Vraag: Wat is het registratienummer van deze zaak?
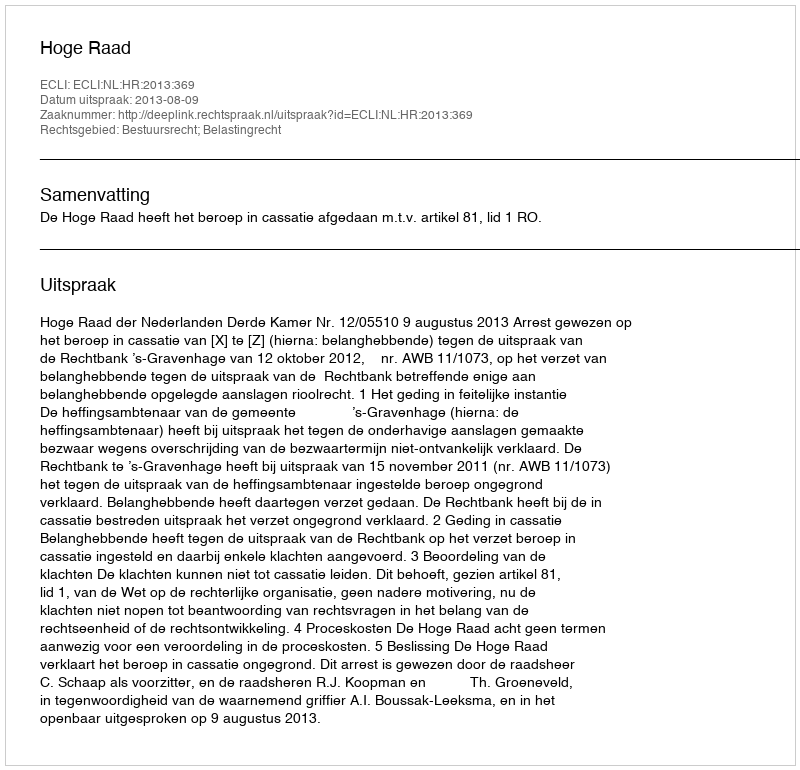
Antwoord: http://deeplink.rechtspraak.nl/uitspraak?id=ECLI:NL:HR:2013:369